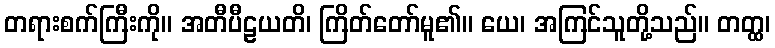
တရားစက်ကြီးကို။ အတီပီဠယတိ၊ ကြိတ်တော်မူ၏။ ယေ၊ အကြင်သူတို့သည်။ တတ္ထ၊